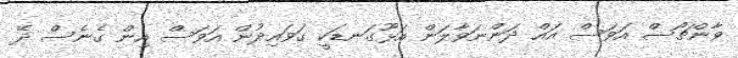
ވާންޗޯސް އަވަސް އައް ދަންނަވާލަން އަޅޫގަނޑަކީ ގަވައިދުން އަވަސް އިން ގެނެސް ދޭ